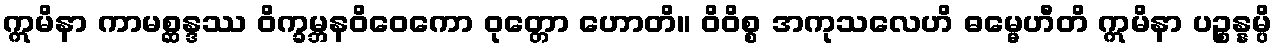
ဣမိနာ ကာမစ္ဆန္ဒဿ ဝိက္ခမ္ဘနဝိဝေကော ဝုတ္တော ဟောတိ။ ဝိဝိစ္စ အကုသလေဟိ ဓမ္မေဟီတိ ဣမိနာ ပဉ္စန္နမ္ပိ